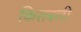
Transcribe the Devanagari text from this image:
किराबली